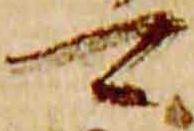
可